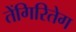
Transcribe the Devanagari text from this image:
तेंगिरितेग